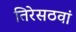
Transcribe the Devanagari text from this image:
तिरेसठवां